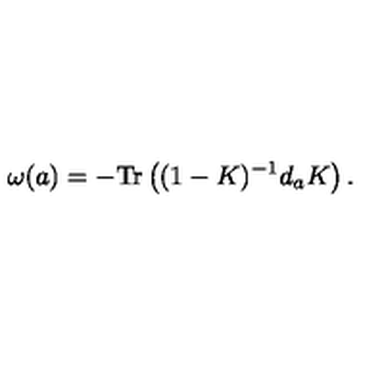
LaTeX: \omega ( a ) = - \mathrm { T r } \left( ( 1 - K ) ^ { - 1 } d _ { a } K \right) .